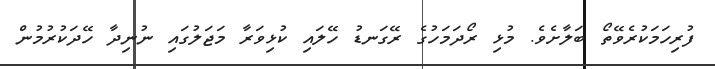
ފުރިހަމަކުރެވޭތޯ ބަލާށެވެ. މުޅި ރޯދަމަހުގެ ރޭގަނޑު ހޭލައި ކުޅިވަރާ މަޖަލުގައި ނުނިދާ ހޭދަކުރުމުން